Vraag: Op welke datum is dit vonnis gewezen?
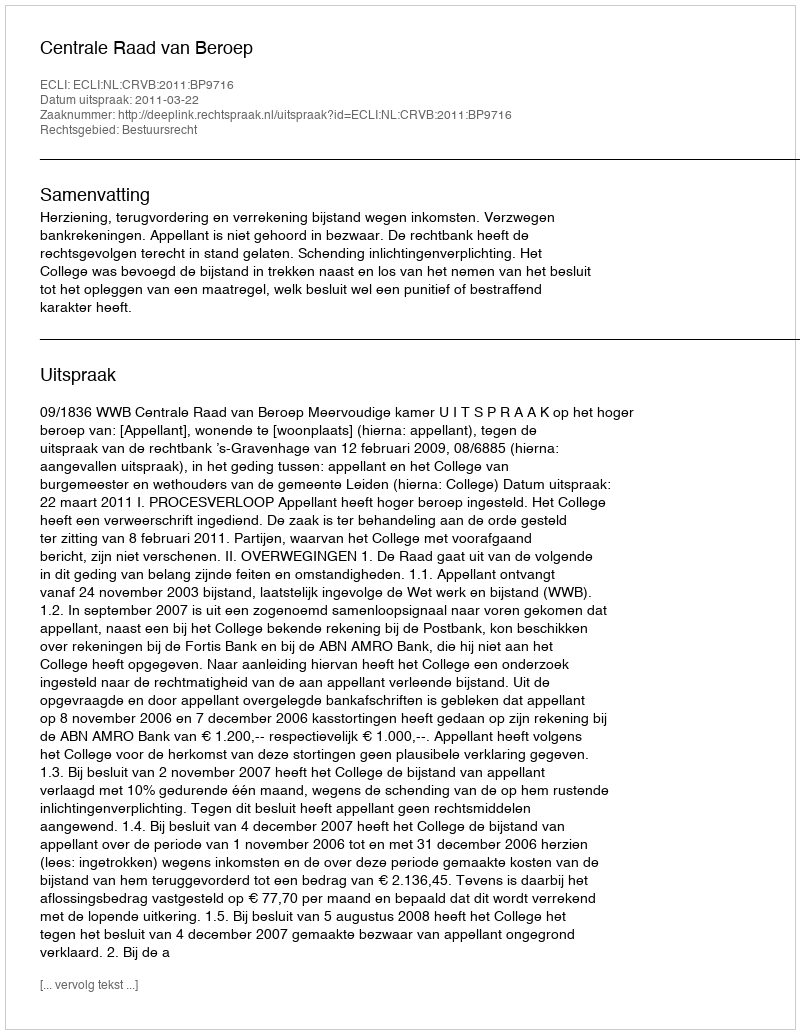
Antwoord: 2011-03-22